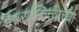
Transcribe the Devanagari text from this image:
ईश्वरास्तित्वाच्या